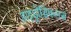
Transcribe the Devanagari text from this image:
हाइड्रोसिफलस